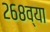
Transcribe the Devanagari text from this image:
२६८व्या